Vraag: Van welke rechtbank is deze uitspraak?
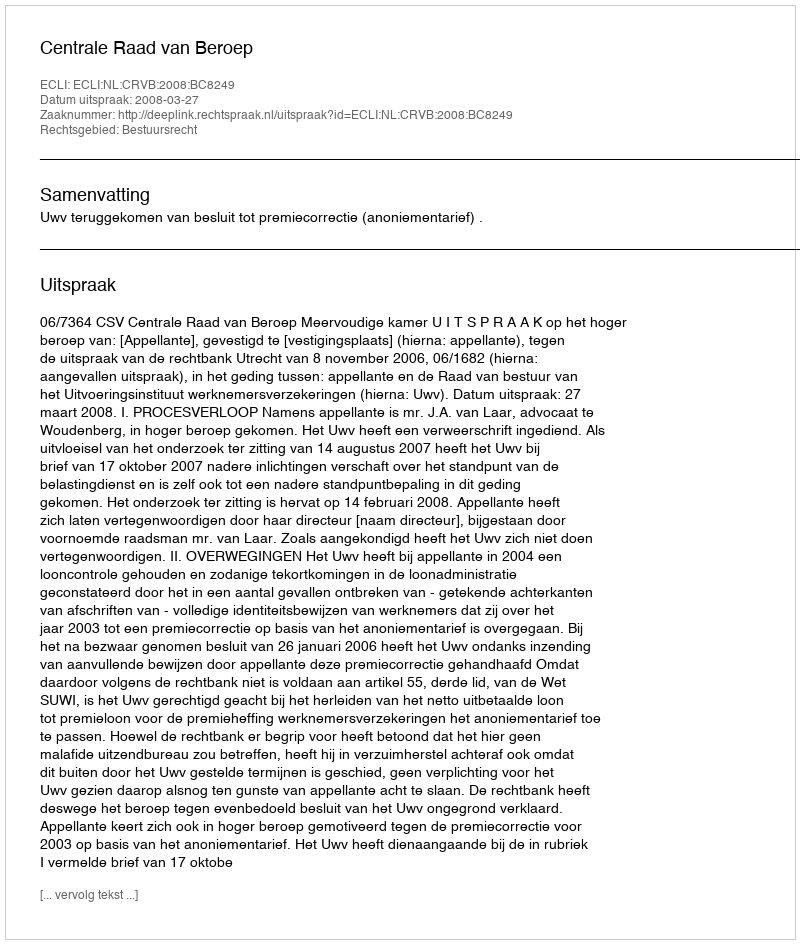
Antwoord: Centrale Raad van Beroep